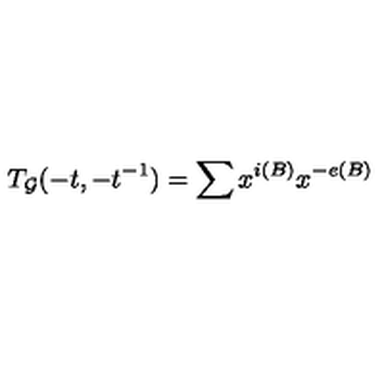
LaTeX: T _ { { \cal G } } ( - t , - t ^ { - 1 } ) = \sum x ^ { i ( B ) } x ^ { - e ( B ) }